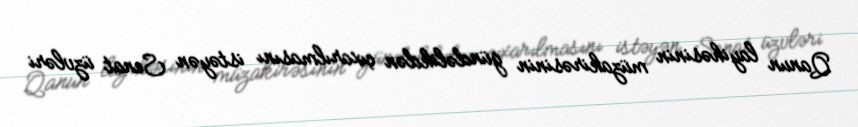
Qanun layihəsinin müzakirəsinin gündəlikdən çıxarılmasını istəyən Senat üzvləri